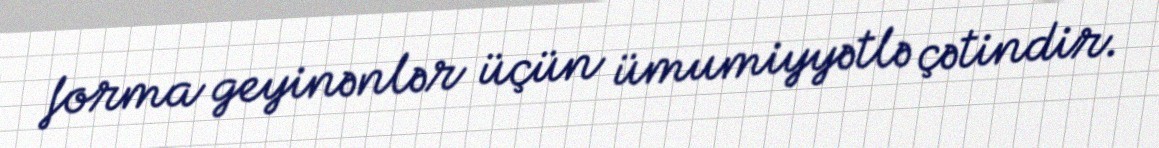
forma geyinənlər üçün ümumiyyətlə çətindir.